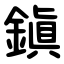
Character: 鎭